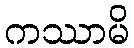
ကဿာမိ